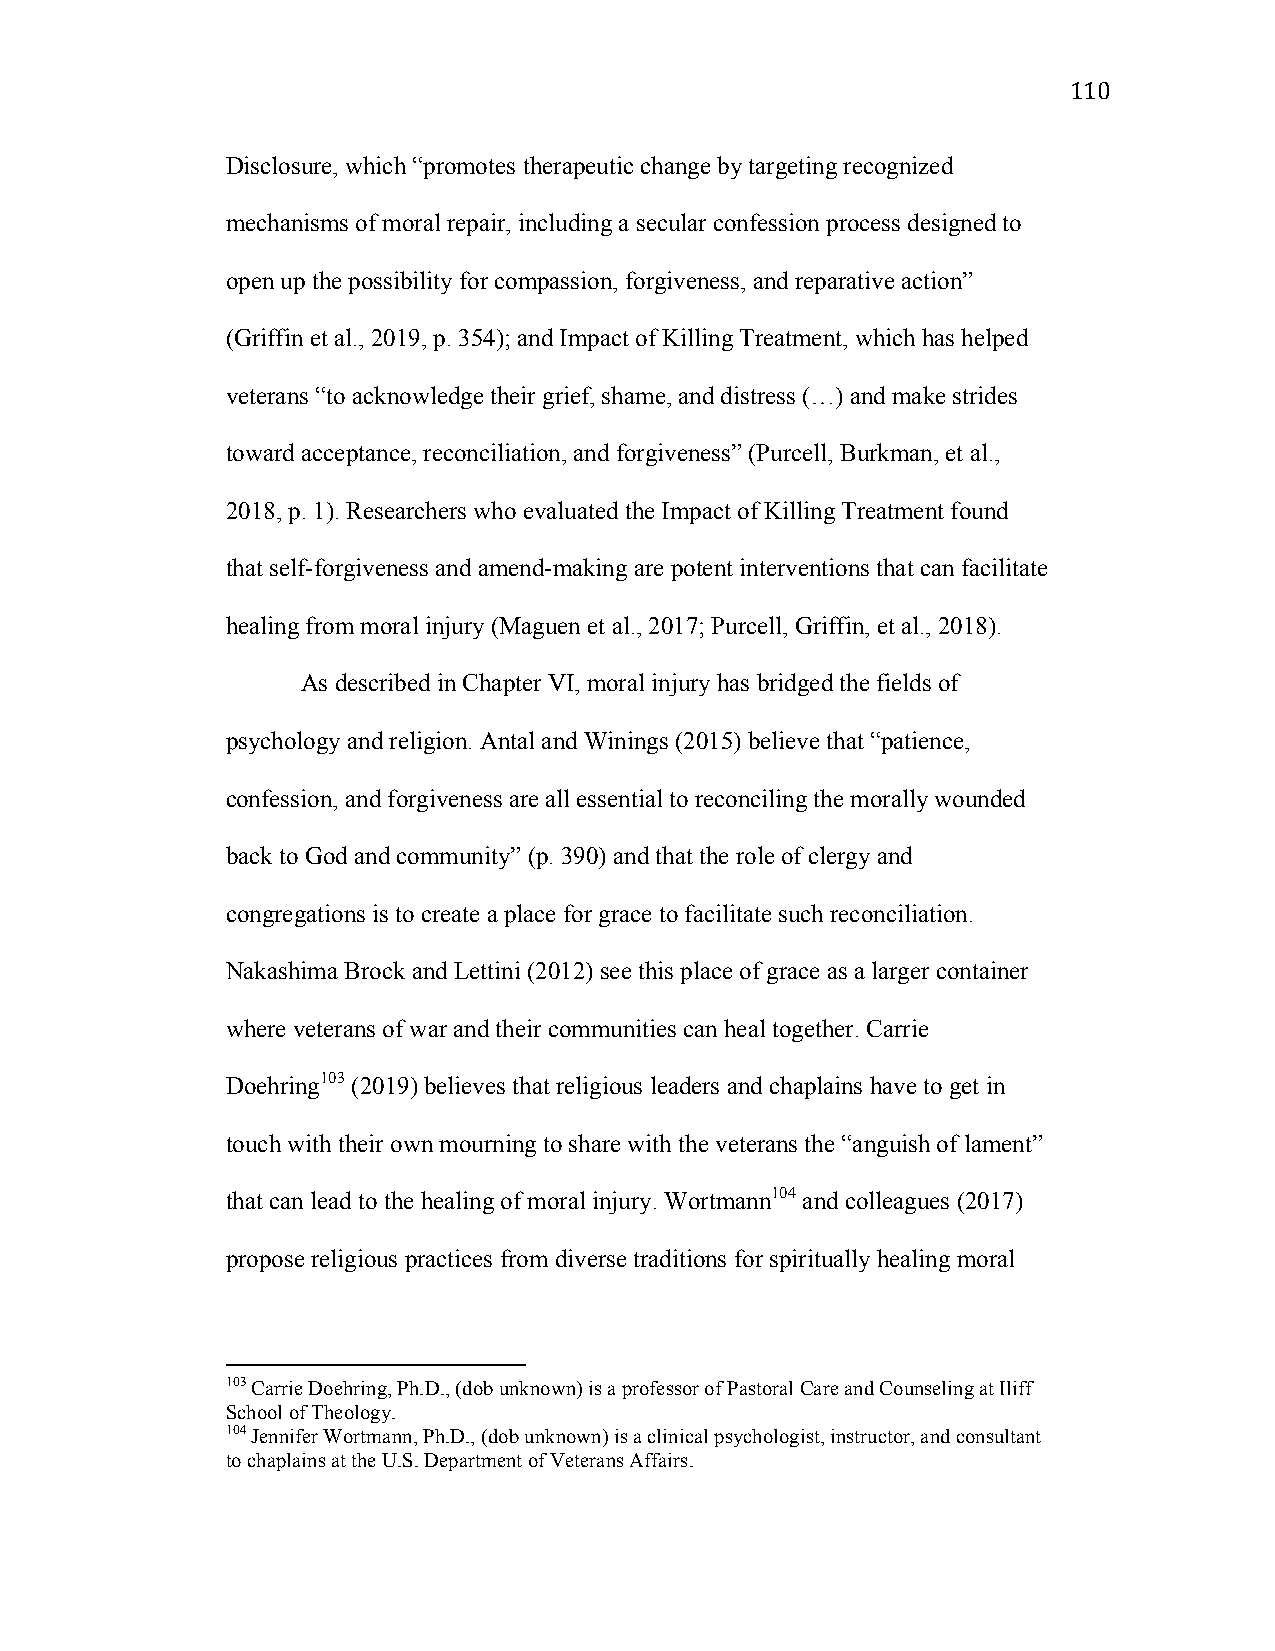
110
 Disclosure, which “promotes therapeutic change by targeting recognized
 mechanisms of moral repair, including a secular confession process designed to
 open up the possibility for compassion, forgiveness, and reparative action”
 (Griffin et al., 2019, p. 354); and Impact of Killing Treatment, which has helped
 veterans “to acknowledge their grief, shame, and distress (…) and make strides
 toward acceptance, reconciliation, and forgiveness” (Purcell, Burkman, et al.,
 2018, p. 1). Researchers who evaluated the Impact of Killing Treatment found
 that self-forgiveness and amend-making are potent interventions that can facilitate
 healing from moral injury (Maguen et al., 2017; Purcell, Griffin, et al., 2018).
 As described in Chapter VI, moral injury has bridged the fields of
 psychology and religion. Antal and Winings (2015) believe that “patience,
 confession, and forgiveness are all essential to reconciling the morally wounded
 back to God and community” (p. 390) and that the role of clergy and
 congregations is to create a place for grace to facilitate such reconciliation.
 Nakashima Brock and Lettini (2012) see this place of grace as a larger container
 where veterans of war and their communities can heal together. Carrie
 Doehring103 (2019) believes that religious leaders and chaplains have to get in
 touch with their own mourning to share with the veterans the “anguish of lament”
 that can lead to the healing of moral injury. Wortmann104 and colleagues (2017)
 propose religious practices from diverse traditions for spiritually healing moral
 103 Carrie Doehring, Ph.D., (dob unknown) is a professor of Pastoral Care and Counseling at Iliff
 School of Theology.
 104 Jennifer Wortmann, Ph.D., (dob unknown) is a clinical psychologist, instructor, and consultant
 to chaplains at the U.S. Department of Veterans Affairs.